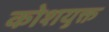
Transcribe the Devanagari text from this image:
कोशयुक्त